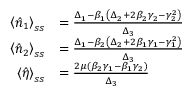
\begin{array} { r l } { \left\langle \hat { n } _ { 1 } \right\rangle _ { s s } } & { = \frac { \Delta _ { 1 } - \beta _ { 1 } \left( \Delta _ { 2 } + 2 \beta _ { 2 } \gamma _ { 2 } - \gamma _ { 2 } ^ { 2 } \right) } { \Delta _ { 3 } } } \\ { \left\langle \hat { n } _ { 2 } \right\rangle _ { s s } } & { = \frac { \Delta _ { 1 } - \beta _ { 2 } \left( \Delta _ { 2 } + 2 \beta _ { 1 } \gamma _ { 1 } - \gamma _ { 1 } ^ { 2 } \right) } { \Delta _ { 3 } } } \\ { \left\langle \hat { \eta } \right\rangle _ { s s } } & { = \frac { 2 \mu \left( \beta _ { 2 } \gamma _ { 1 } - \beta _ { 1 } \gamma _ { 2 } \right) } { \Delta _ { 3 } } } \end{array}